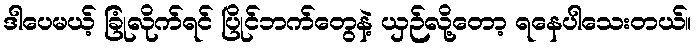
ဒါပေမယ့် ခြုံလိုက်ရင် ပြိုင်ဘက်တွေနဲ့ ယှဉ်လို့တော့ ရနေပါသေးတယ်။